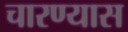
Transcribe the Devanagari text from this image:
चारण्यास